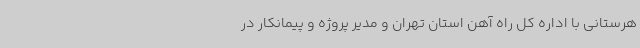
هرستانی با اداره کل راه آهن استان تهران و مدیر پروژه و پیمانکار در